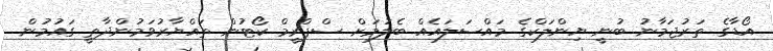
އޯޑާގެ ތަރުޖަމާނު ބުނީ ޔިންލަކްގެ މައްސަލައެއް ބެލުމަށް ސްޕްރީމް ކޯޓުން ތައްޔާރުވަމުންދާތީ ގައުމުން